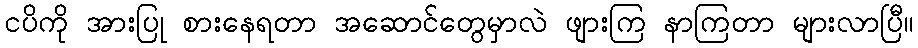
ငပိကို အားပြု စားနေရတာ အဆောင်တွေမှာလဲ ဖျားကြ နာကြတာ များလာပြီ။